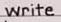
write